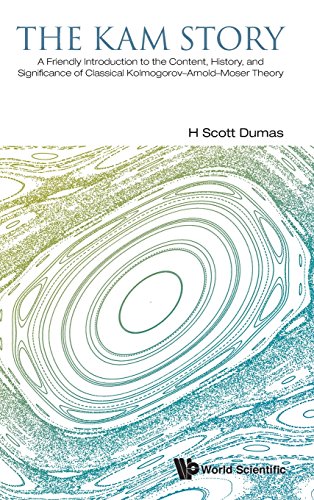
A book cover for The KAM Story: A Friendly Introduction to the Content, History, and Significance of Classical Kolmogorov-Arnold-Moser Theory; H.S. Dumas; Science & Math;